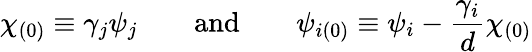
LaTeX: \chi_{(0)}\equiv\gamma_{j}\psi_{j}\qquad\textup{and}\qquad\psi_{i(0)}\equiv\psi_{i}-\frac{\gamma_{i}}{d}\chi_{(0)}